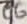
Text: C6+